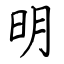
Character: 明